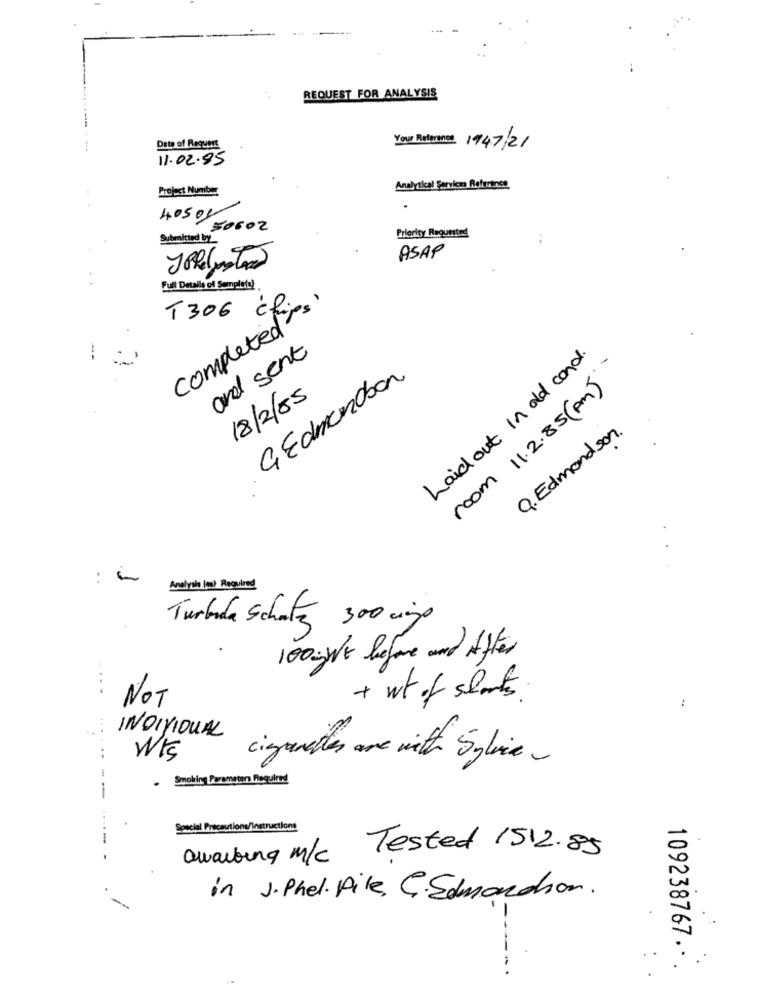
REQUEST FOR ANALYSIS
Date of Request
Your Reference 1947/21
11.02.85
Project Number
Analytical Services Reference
40501
50602
Priority Requested
Submited by
ASAP
Ful Details of Semplet:)
completed.
T306 chio
and sent
Laid out in old cond.
room 11.2.85 (pm)
GEdmondson
18/2/85
Q. Edmondson.
:-
Analysis (en) Required
Turbada Schutz 300 cino
100gWE before and After
...
+ wt of shorts.
NOT
:
INDIVIDUAL
..
WIS
cigaretes are with Splice~
- Smoking Parameters Required
- --
Special Priceutions/instructions
awaiting m/c Tested 1512.85
in J. Phel. Aile, C. Edmondson.
-
109238767 .. .